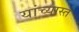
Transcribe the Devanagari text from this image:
यांच्यास्त